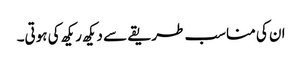
ان کی مناسب طریقے سے دیکھ ریکھ کی ہوتی۔